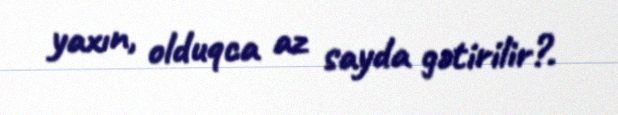
yaxın, olduqca az sayda gətirilir?.